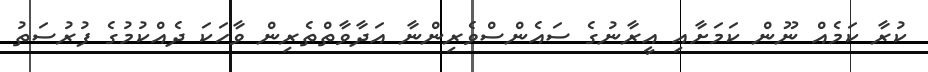
ކުރާ ކަމެއް ނޫން ކަމަށާއި އީރާނުގެ ސައެންސްވެރިންނާ އަދާވާތްތެރިން ވާހަކަ ދެއްކުމުގެ ފުރުސަތު